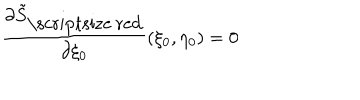
\frac { \partial \tilde { S } _ { \mathrm { \scriptsize ~ r e d } } } { \partial \xi _ { 0 } } ( \xi _ { 0 } , \eta _ { 0 } ) = 0